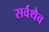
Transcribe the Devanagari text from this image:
सर्वथैव